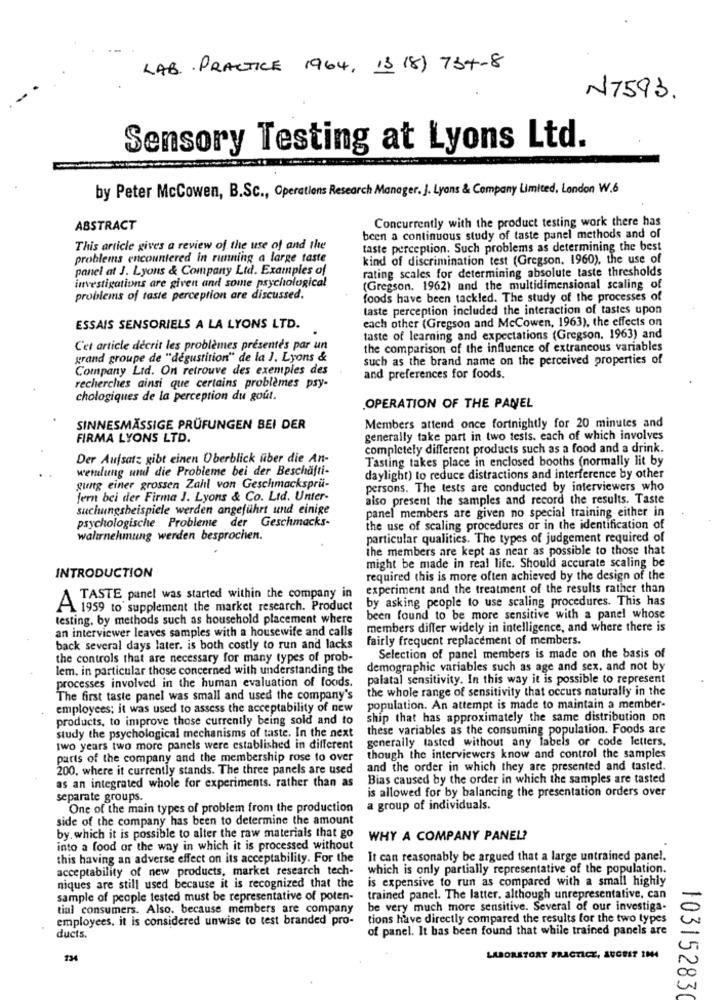
LAB. . PRACTICE 1964, 13 18) 734-8
N7593.
Sensory Testing at Lyons Ltd.
by Peter McCowen, B.Sc ., Operations Research Manager. J. Lyans & Company Limited. London W.6
Concurrently with the product testing work there has
ABSTRACT
been a continuous study of taste panel methods and of
This article gives a review of the use of and the
taste perception. Such problems as determining the best
problems encountered in running a large taste
kind of discrimination test (Gregson, 1960), the use of
panel at J. Lyons & Company Ltd. Examples of
rating scales for determining absolute taste thresholds
investigations are given and some psychological
(Gregson. 1962) and the multidimensional scaling of
problems of taste perception are discussed.
foods have been tackled. The study of the processes of
taste perception included the interaction of tastes upon
each other (Gregson and McCowen, 1963), the effects on
ESSAIS SENSORIELS A LA LYONS LTD.
taste of learning and expectations (Gregson. 1963) and
Cet article décrit les problèmes présentés par un
the comparison of the influence of extraneous variables
grand groupe de "degustition" de la J. Lyons &
such as the brand name on the perceived properties of
Company Ltd. On retrouve des exemples des
and preferences for foods.
recherches ainsi que certains problèmes psy-
chologiques de la perception du gout.
OPERATION OF THE PANEL
Members attend once fortnightly for 20 minutes and
SINNESMÄSSIGE PRÜFUNGEN BEI DER
FIRMA LYONS LTD.
generally take part in two tests. each of which involves
completely different products such as a food and a drink.
Der Aufsatz gibt einen Überblick über die An-
Tasting takes place in enclosed booths (normally lit by
wernlung und die Probleme bei der Beschafti-
daylight) to reduce distractions and interference by other
gung einer grossen Zahl von Geschmacksprü-
persons. The tests are conducted by interviewers who
fern bei der Firma J. Lyons & Co. Ltd. Unter-
also present the samples and record the results. Taste
suchwingsbeispiele werden angeführt und einige
panel members are given no special training either in
psychologische Probleme der Geschmacks-
the use of scaling procedures or in the identification of
walırnehmung werden besprochen.
particular qualities. The types of judgement required of
the members are kept as near as possible to those that
might be made in real life. Should accurate scaling be
INTRODUCTION
required this is more often achieved by the design of the
experiment and the treatment of the results rather than
TASTE panel was started within the company in
by asking people to use scaling procedures. This has
A 1959 to supplement the market research. Product
testing, by methods such as household placement where
been found to be more sensitive with a panel whose
an interviewer leaves samples with a housewife and calls
members differ widely in intelligence, and where there is
fairly frequent replacement of members.
back several days later. is both costly to run and lacks
the controls that are necessary for many types of prob-
Selection of panel members is made on the basis of
lem. in particular those concerned with understanding the
demographic variables such as age and sex. and not by
processes involved in the human evaluation of foods.
palatal sensitivity. In this way it is possible to represent
the whole range of sensitivity that occurs naturally in the
The first taste panel was small and used the company's
employees; it was used to assess the acceptability of new
population. An attempt is made to maintain a member-
products, to improve those currently being sold and to
ship that has approximately the same distribution on
study the psychological mechanisms of taste. In the next
these variables as the consuming population. Foods are
generally tasted without any labels or code letters.
two years two more panels were established in different
parts of the company and the membership rose to over
though the interviewers know and control the samples
200, where it currently stands. The three panels are used
and the order in which they are presented and tasted.
Bias caused by the order in which the samples are tasted
as an integrated whole for experiments. rather than as
is allowed for by balancing the presentation orders over
separate groups.
One of the main types of problem from the production
a group of individuals.
side of the company has been to determine the amount
by. which it is possible to alter the raw materials that go
WHY A COMPANY PANEL?
into a food or the way in which it is processed without
this having an adverse effect on its acceptability. For the
It can reasonably be argued that a large untrained panel.
acceptability of new products, market research tech-
which is only partially representative of the population.
niques are still used because it is recognized that the
is expensive to run as compared with a small highly
sample of people tested must be representative of poten-
trained panel. The latter. although unrepresentative, can
tial consumers. Also. because members are company
be very much more sensitive. Several of our investiga-
employees, it is considered unwise to test branded pro-
tions have directly compared the results for the two types
of panel. It bas been found that while trained panels are
ducts.
134
LABORATORY PRACTICE, AUGEST IN4
10315283